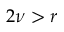
2 \nu > r